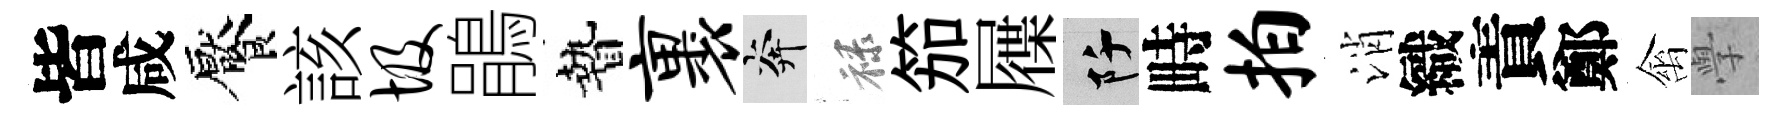
皆咸饜該圾鵑贄裹奔禄笳屧阡畤拍消織責鄭禽𭓕